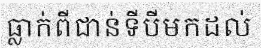
ធ្លាក់ពីជាន់ទីបីមកដល់